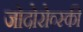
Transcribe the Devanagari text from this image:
जोदोरोव्स्की